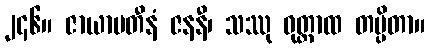
၂၄၆။ ဇာယာပတီနံ ဇနနီ၊ သဿု ဝုတ္တာထ တပ္ပိတာ။